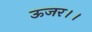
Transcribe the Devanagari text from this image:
ऊजर।।